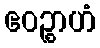
ဧဝဉ္စာဟံ